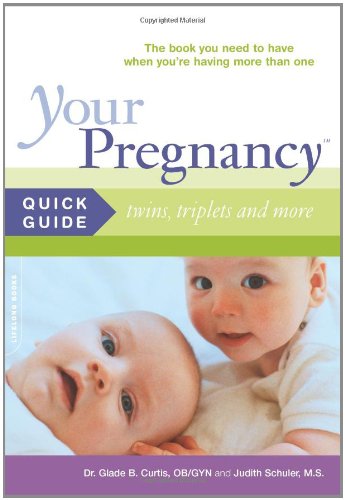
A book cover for Your Pregnancy Quick Guide: Twins, Triplets and More; Glade B. Curtis; Parenting & Relationships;